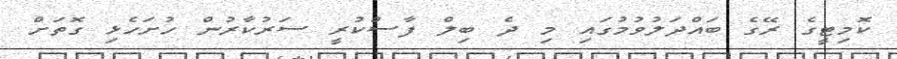
ކޮމިޓީގެ ރޭގެ ބައްދަލުވުމުގައި މި ދެ ބިލް ފާސްކުރީ ސަރުކާރުން ހުށަހެޅި ގޮތަށް